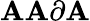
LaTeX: \mathbf{A}\mathbf{A}\partial\mathbf{A}